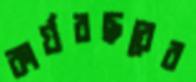
কার্যবছরের